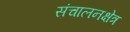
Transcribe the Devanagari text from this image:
संचालनक्षेत्र